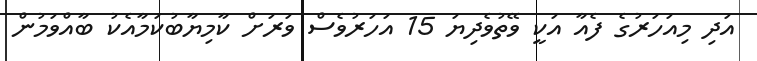
އަދި މިއަހަރުގެ ފެއާ އަކީ ވޭތުވެދިޔަ 15 އަހަރުވެސް ވަރަށް ކާމިޔާބުކަމާއެކު ބާއްވަމުން